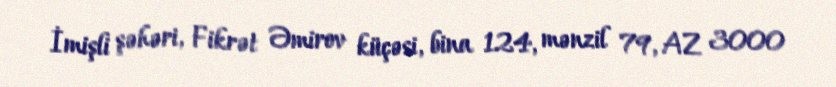
İmişli şəhəri, Fikrət Əmirov küçəsi, bina 124, mənzil 79, AZ 3000